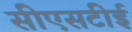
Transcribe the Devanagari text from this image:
सीएसटीई